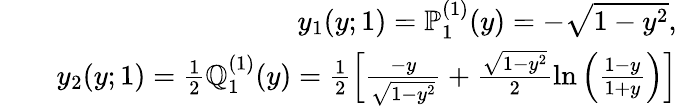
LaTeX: \begin{array}{rlr}&{}&{y_{1}(y;1)=\mathbb{P}_{1}^{(1)}(y)=-\sqrt{1-y^{2}},}\\ &{}&{y_{2}(y;1)=\frac{1}{2}\mathbb{Q}_{1}^{(1)}(y)=\frac{1}{2}\left[\frac{-y}{\sqrt{1-y^{2}}}+\frac{\sqrt{1-y^{2}}}{2}\ln\left(\frac{1-y}{1+y}\right)\right]}\end{array}